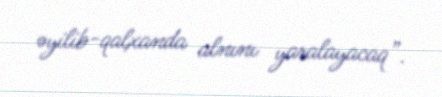
əyilib-qalxanda alnını yaralayacaq”.